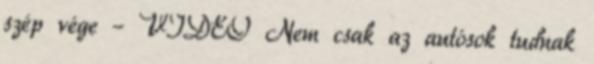
szép vége – VIDEÓ Nem csak az autósok tudnak